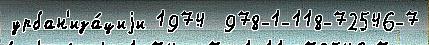
урбан'иза́циjи 1974  978-1-118-72546-7